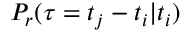
P _ { r } ( \tau = t _ { j } - t _ { i } | t _ { i } )